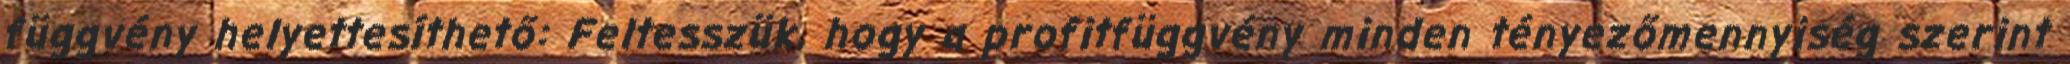
függvény helyettesíthető: Feltesszük, hogy a profitfüggvény minden tényezőmennyiség szerint